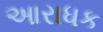
આરાધક